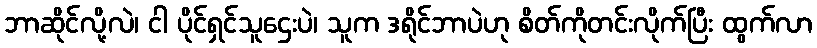
ဘာဆိုင်လို့လဲ၊ ငါ ပိုင်ရှင်သူဌေးပဲ၊ သူက ဒရိုင်ဘာပဲဟု စိတ်ကိုတင်းလိုက်ပြီး ထွက်လာ